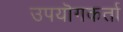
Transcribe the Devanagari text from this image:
उपयॊगकर्ता